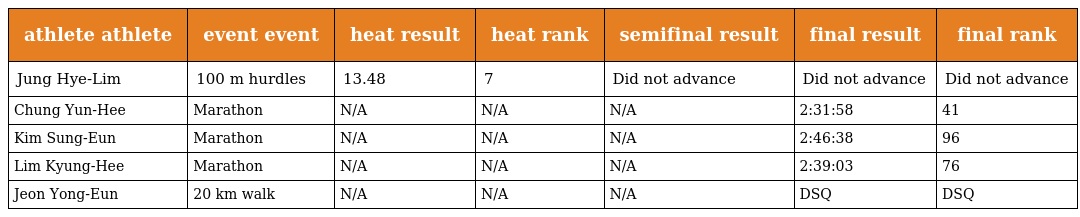
| athlete athlete | event event | heat result | heat rank | semifinal result | final result | final rank |
 | --- | --- | --- | --- | --- | --- | --- |
 | Jung Hye-Lim | 100 m hurdles | 13.48 | 7 | Did not advance | Did not advance | Did not advance |
 | Chung Yun-Hee | Marathon | N/A | N/A | N/A | 2:31:58 | 41 |
 | Kim Sung-Eun | Marathon | N/A | N/A | N/A | 2:46:38 | 96 |
 | Lim Kyung-Hee | Marathon | N/A | N/A | N/A | 2:39:03 | 76 |
 | Jeon Yong-Eun | 20 km walk | N/A | N/A | N/A | DSQ | DSQ |